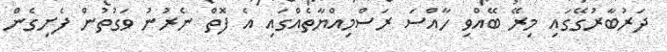
ދަރުބާރުގޭގައި މިރޭ ބޭއްވި ހާއްސަ ރަސްމިއްޔާތެއްގައި އެ ފޮތް ނެރުނު ވަގުތުން ފެށިގެން